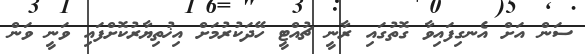
ސަން އަށް އެނގިފައިވާ ގޮތުގައި ރާނީ ޗުއްޓީ ހޭދަކުރުމަށް އިޚުތިޔާރުކޮށްފައި ވަނީ ވަން